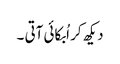
دیکھ کر اُبکائی آتی ۔